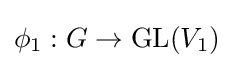
\phi _{1}:G\rightarrow \mathrm {GL} (V_{1})